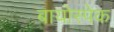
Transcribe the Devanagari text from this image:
बायोस्पेक